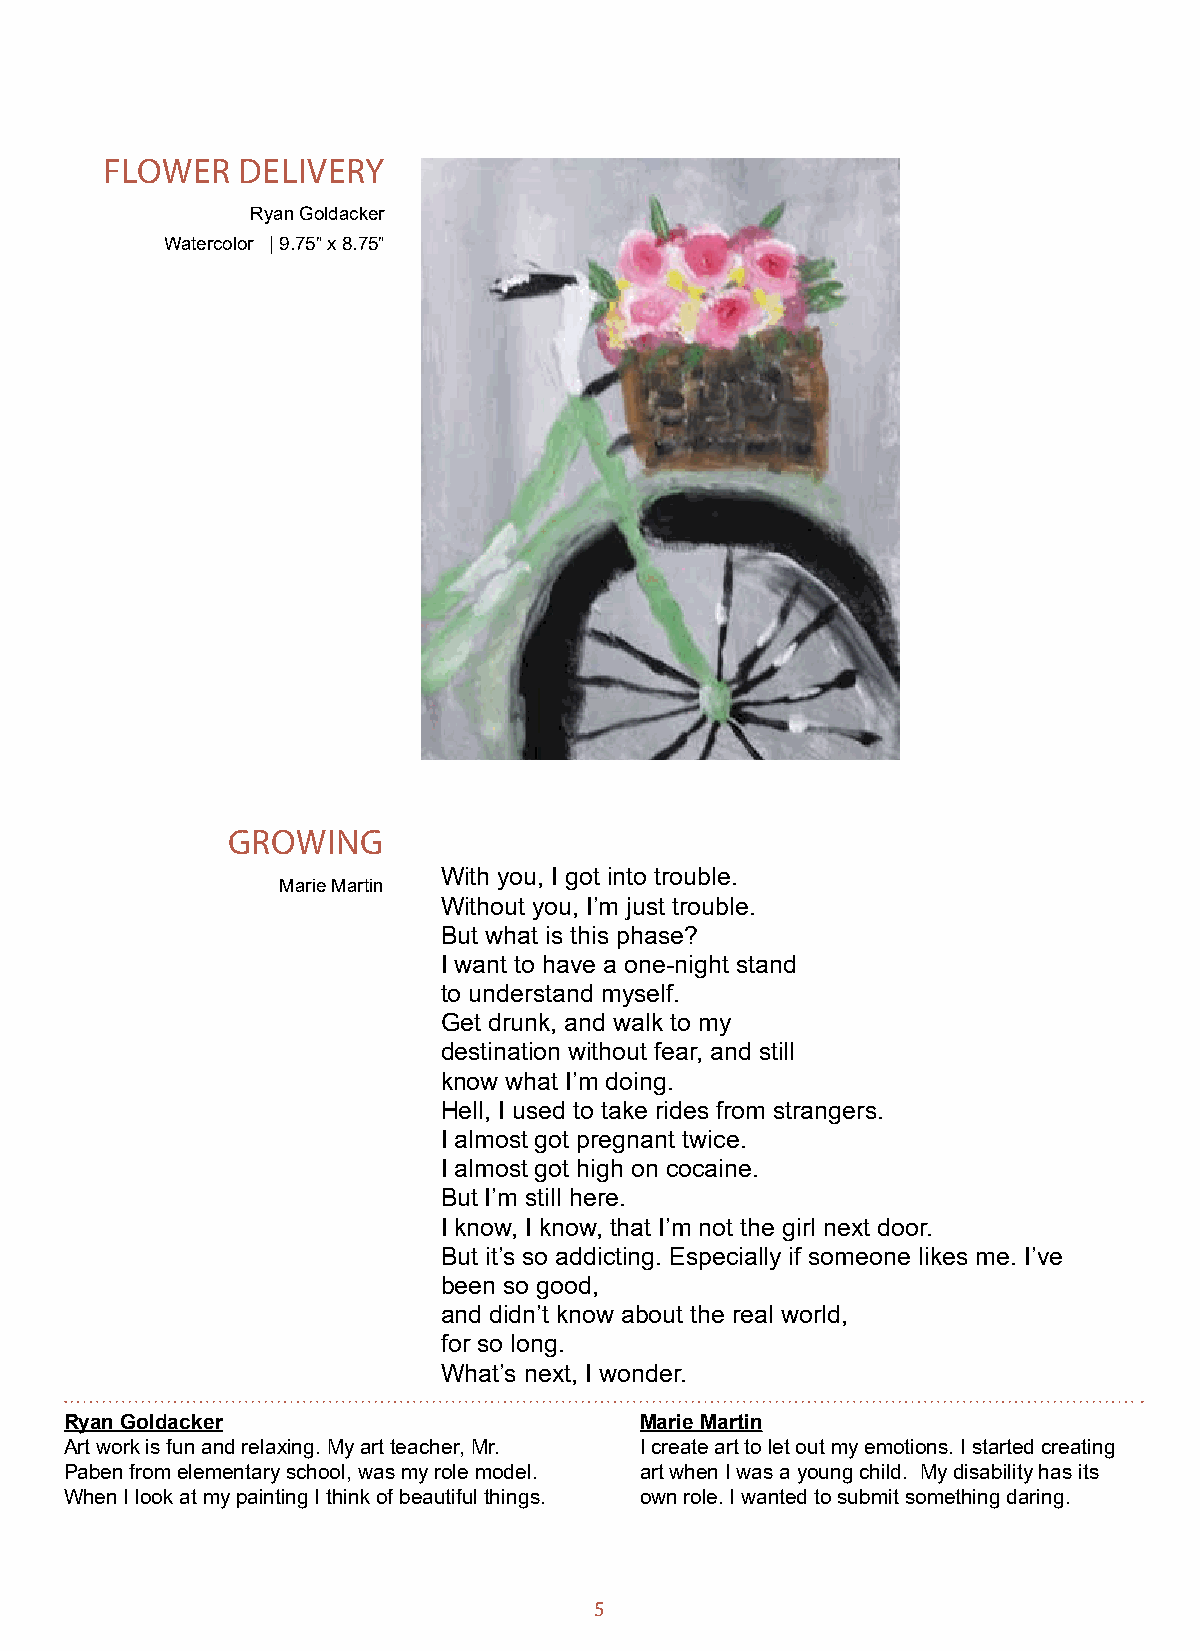
FLOWER   DELIVERY
 Ryan Goldacker
 Watercolor | 9.75” x 8.75”
 GROWING
 With you, I got into trouble.
 Marie Martin
 Without you, I’m just trouble.
 But what is this phase?
 I want to have a one-night stand
 to understand myself.
 Get drunk, and walk to my
 destination without fear, and still
 know what I’m doing.
 Hell, I used to take rides from strangers.
 I almost got pregnant twice.
 I almost got high on cocaine.
 But I’m still here.
 I know, I know, that I’m not the girl next door.
 But it’s so addicting. Especially if someone likes me. I’ve
 been so good,
 and didn’t know about the real world,
 for so long.
 What’s next, I wonder.
 Ryan Goldacker                        Marie Martin
 Art work is fun and relaxing. My art teacher, Mr. I create art to let out my emotions. I started creating
 Paben from elementary school, was my role model. art when I was a young child. My disability has its
 When I look at my painting I think of beautiful things. own role. I wanted to submit something daring.
 5